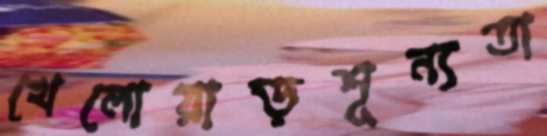
খেলোয়াড়শূন্যতা